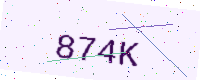
Text: 874K